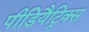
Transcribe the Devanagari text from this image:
पीडियैट्रिक्स